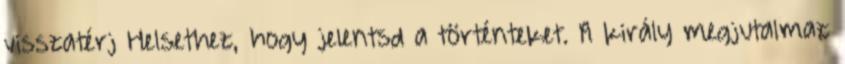
visszatérj Helsethez, hogy jelentsd a történteket. A király megjutalmaz